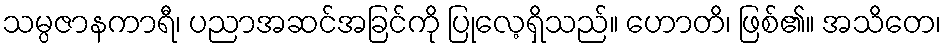
သမ္ပဇာနကာရီ၊ ပညာအဆင်အခြင်ကို ပြုလေ့ရှိသည်။ ဟောတိ၊ ဖြစ်၏။ အသိတေ၊